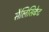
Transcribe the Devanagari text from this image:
सैलिसिकेट